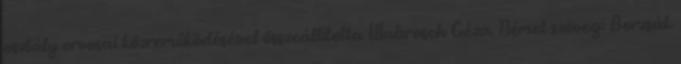
osztály orvosai közreműködésével összeállította Wabrosch Géza. Német szöveg: Borzsák